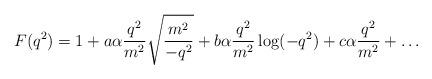
LaTeX: \begin{align*}F(q^2) = 1+ a\alpha {q^2 \over m^2}\sqrt{m^2 \over -q^2} + b\alpha{q^2 \over m^2} \log(-q^2) + c \alpha {q^2 \over m^2} +\ldots\end{align*}